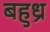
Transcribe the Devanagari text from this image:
बहुध्र